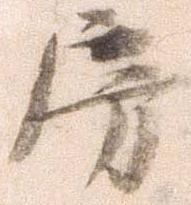
房